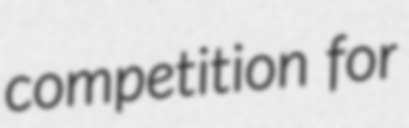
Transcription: competition for